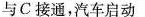
与C接通，汽车启动